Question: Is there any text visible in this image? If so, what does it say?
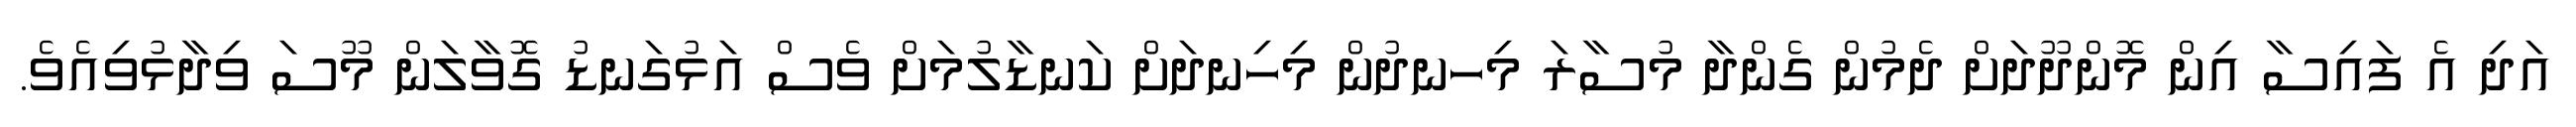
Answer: އަދި އެ ފައިސާ އިން މޮންދޫދަށް ދެމުން ގެންދާ މުސާރަ މިހނދުން މިހިނދަށް ކަނޑާލުމަށް ވެސް އަޅުގަނޑު ގޮވާލަން މޫސަ ވިދާޅުވިއެވެ.